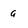
Character: g